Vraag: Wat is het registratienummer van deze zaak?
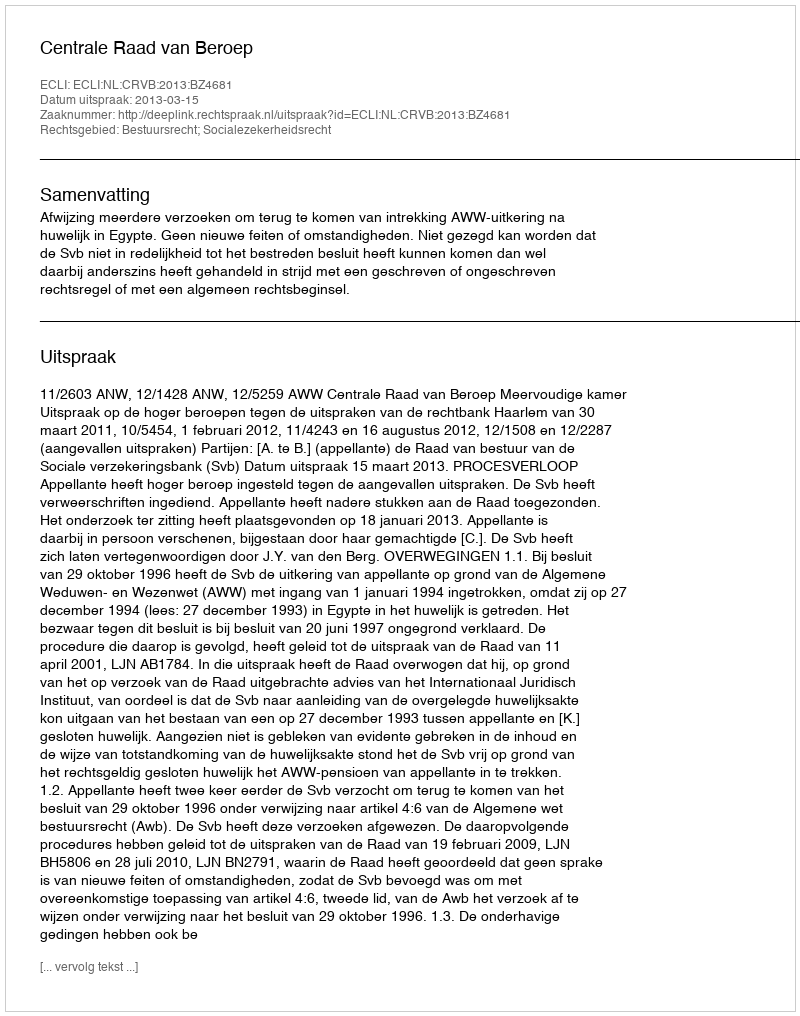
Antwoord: http://deeplink.rechtspraak.nl/uitspraak?id=ECLI:NL:CRVB:2013:BZ4681